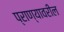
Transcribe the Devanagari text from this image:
प्राण्यावरील